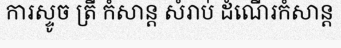
ការស្ទូច ត្រី កំសាន្ត សំរាប់ ដំណើរកំសាន្ត